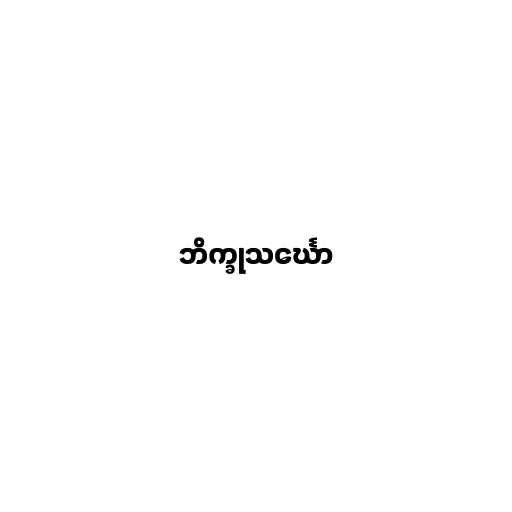
ဘိက္ခုသင်္ဃော